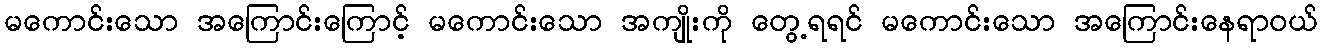
မကောင်းသော အကြောင်းကြောင့် မကောင်းသော အကျိုးကို တွေ့ရရင် မကောင်းသော အကြောင်းနေရာဝယ်